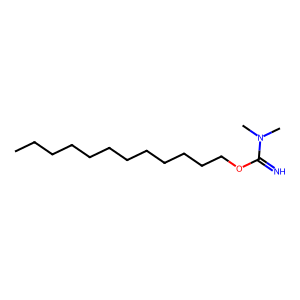
SMILES: CCCCCCCCCCCCOC(=N)N(C)C
Inhibits HIV replication: No